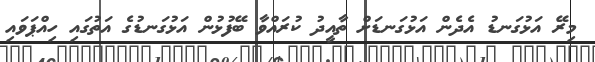
މިރޭ އަޅުގަނޑު އެދެން އަޅުގަނޑަށް ތާއީދު ކުރައްވާ ބޭފުޅުން އަޅުގަނޑުގެ އަތުގައި ހިއްޕަވައި